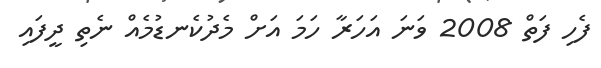
ފެހި ފަތް 2008 ވަނަ އަހަރާ ހަމަ އަށް މެދުކެނޑުމެއް ނެތި ދީފައި